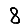
Digit: 8